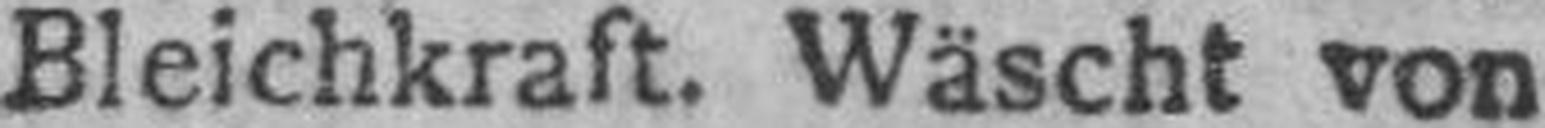
Bleichkraft. Wäscht von